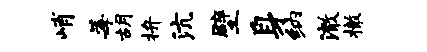
峭莓胡拚沆壁身纳澈撤